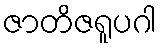
ဇာတိဇရူပဂါ